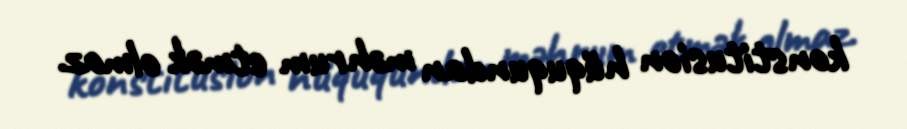
konstitusion hüququndan məhrum etmək olmaz.